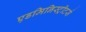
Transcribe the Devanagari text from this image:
एडमिनिस्ट्रीटर्स